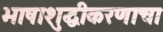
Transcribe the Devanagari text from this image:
भाषाशुद्धीकरणाचा